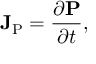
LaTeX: \mathbf { J } _ { \mathrm { P } } = { \frac { \partial \mathbf { P } } { \partial t } } ,